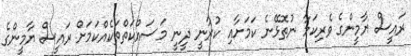
ރައީސް ޔާމީންގެ ވެރިކަމާ ނުތޮޅޭނެ ކަމަށާއި ކުރާނީ ދީނީ މަސައްކަތްތަކެއްކަމަށް ރައީސް ޔާމީންގެ